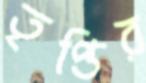
তৃপ্তির